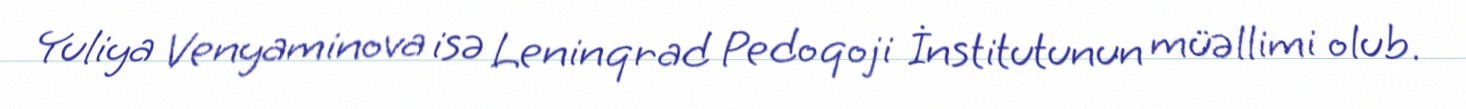
Yuliya Venyaminova isə Leninqrad Pedoqoji İnstitutunun müəllimi olub.